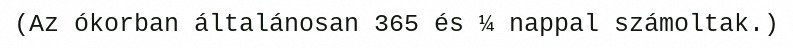
(Az ókorban általánosan 365 és ¼ nappal számoltak.)